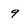
Character: 9